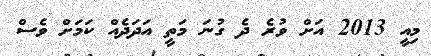
މިއީ 2013 އަށް ވުރެ ދެ ގުނަ މަތީ އަދަދެއް ކަމަށް ވެސް